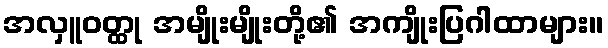
အလှူဝတ္ထု အမျိုးမျိုးတို့၏ အကျိုးပြဂါထာများ။